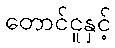
တောင်ငူနှင့်